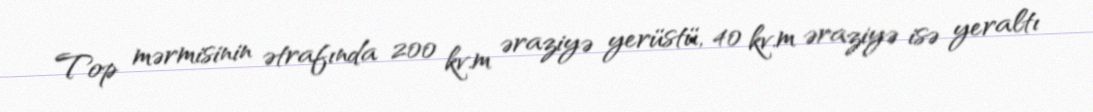
Top mərmisinin ətrafında 200 kv.m əraziyə yerüstü, 40 kv.m əraziyə isə yeraltı